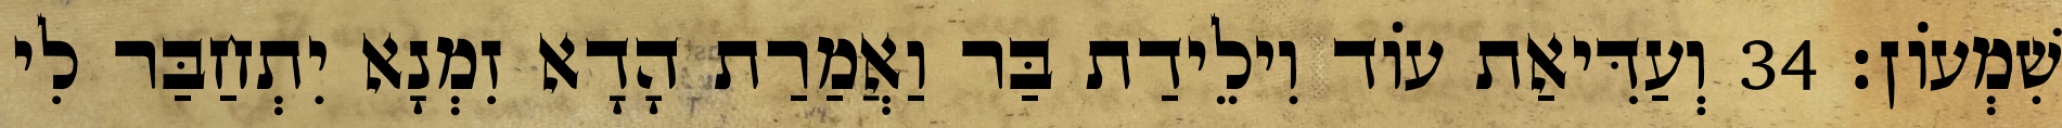
שִׁמְעוֹן׃ 34 וְעַדִּיאַת עוֹד וִילֵידַת בַּר וַאֲמַרַת הָדָא זִמְנָא יִתְחַבַּר לִי